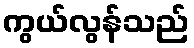
ကွယ်လွန်သည်